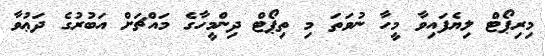
މިރިޕޯޓް ލިޔެފައިވާ މީހާ ނުވަތަ މި ތިޕޯޓް ދިންމީހާގެ މައްޗަށް އަބުރުގެ ދަޢުވާ